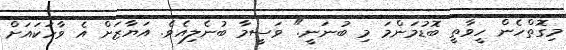
މިގޮތްހެން ހީވާތީ ބޮޑުމަންމަ މި ބުނަނީ." ވަސީމާ ބުނެލިއެވެ. އަޔާޒަށް އެ ވާހަކައަށް